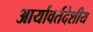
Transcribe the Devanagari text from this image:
आर्यावर्तदेशीय